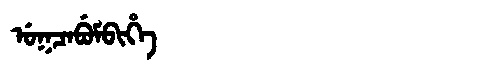
Manchu: ᡠᡴᠴᠠᠪᡠᠮᠪᡳᡥᡝ
Romanization: UKCABUMBIHE